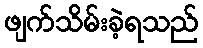
ဖျက်သိမ်းခဲ့ရသည်